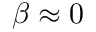
\beta \approx 0